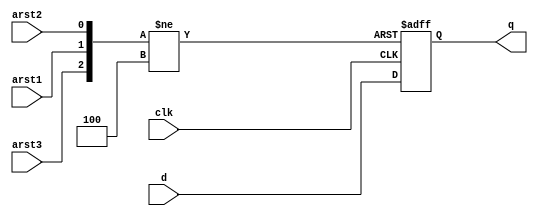
module dffa4(clk, arst1, arst2, arst3, d, q);
input clk, arst1, arst2, arst3, d;
output reg q;
always @(posedge clk, posedge arst1, posedge arst2, negedge arst3) begin
	if (arst1)
		q <= 0;
	else if (arst2)
		q <= 0;
	else if (!arst3)
		q <= 0;
	else
		q <= d;
end
endmodule